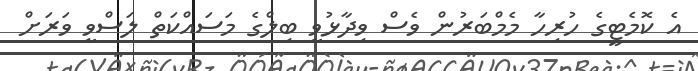
އެ ކޮމެޓީގެ ހުރިހާ މެމްބަރުން ވެސް ވިދާޅުވީ ބިލްގެ މަސައްކަތް ލަސްވީ ވަރަށް